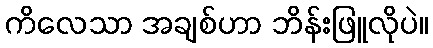
ကိလေသာ အချစ်ဟာ ဘိန်းဖြူလိုပဲ။